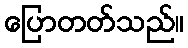
ပြောတတ်သည်။